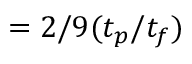
= 2 / 9 ( t _ { p } / t _ { f } )